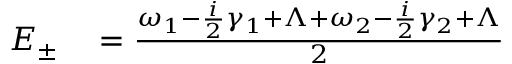
\begin{array} { r l } { E _ { \pm } } & { { } = \frac { \omega _ { 1 } - \frac { i } { 2 } \gamma _ { 1 } + \Lambda + \omega _ { 2 } - \frac { i } { 2 } \gamma _ { 2 } + \Lambda } { 2 } } \end{array}